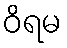
ဝိရမ